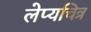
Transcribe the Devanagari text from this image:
लेप्यचित्र